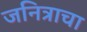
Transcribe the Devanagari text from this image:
जनित्राचा